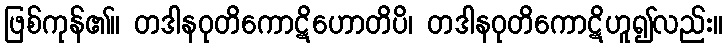
ဖြစ်ကုန်၏။ တဒါနဝုတိကောဋိဟောတိပိ၊ တဒါနဝုတိကောဋိဟူ၍လည်း။